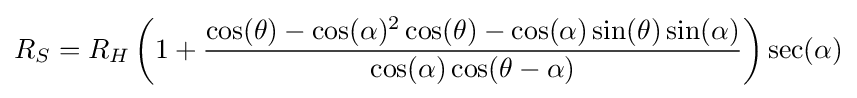
R_{S}=R_{H}\left(1+{\frac {\cos(\theta )-\cos(\alpha )^{2}\cos(\theta )-\cos(\alpha )\sin(\theta )\sin(\alpha )}{\cos(\alpha )\cos(\theta -\alpha )}}\right)\sec(\alpha )